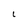
Character: L